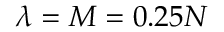
\lambda = M = 0 . 2 5 N